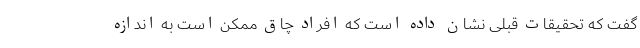
گفت که تحقیقات قبلی نشان داده است که افراد چاق ممکن است به اندازه